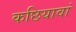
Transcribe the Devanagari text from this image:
कछियावां